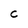
Character: C